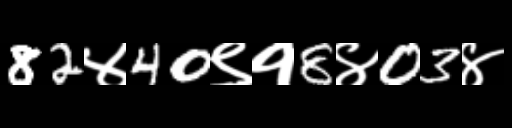
Text: 82४40९१8४03४